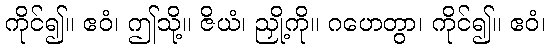
ကိုင်၍။ ဧဝံ၊ ဤသို့။ ဇိယံ၊ ညှို့ကို။ ဂဟေတွာ၊ ကိုင်၍။ ဧဝံ၊